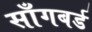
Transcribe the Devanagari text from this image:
साँगबर्ड